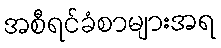
အစီရင်ခံစာများအရ